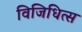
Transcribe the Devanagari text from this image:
विजिधित्स